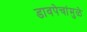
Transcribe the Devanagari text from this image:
डावपेचांमुळे